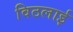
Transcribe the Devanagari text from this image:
विठलाई